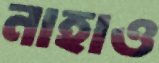
নাহাও